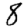
Digit: 8